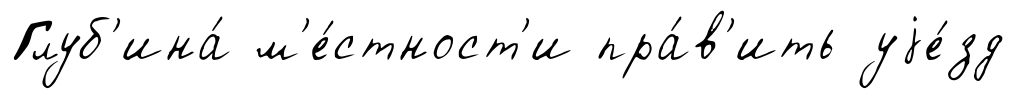
Глуб'ина́ м'е́стност'и пра́в'ить уjе́зд